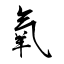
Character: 氧